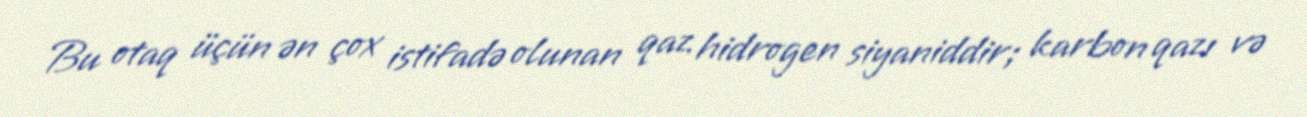
Bu otaq üçün ən çox istifadə olunan qaz hidrogen siyaniddir; karbon qazı və